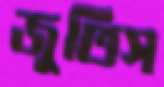
জুতিস